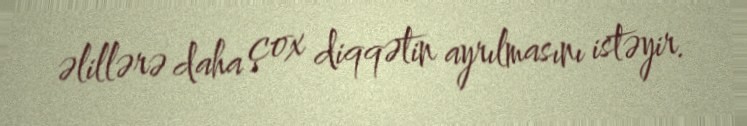
əlillərə daha çox diqqətin ayrılmasını istəyir.